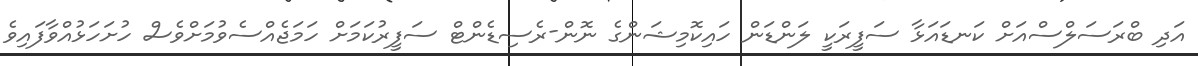
އަދި ބްރަސަލްސްއަށް ކަނޑައަޅާ ސަފީރަކީ ލަންޑަން ހައިކޮމިޝަންގެ ނޮން-ރެސިޑެންޓް ސަފީރުކަމަށް ހަމަޖެއްސެވުމަށްވެސް ހުށަހަޅުއްވާފައިވެ